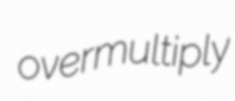
overmultiply